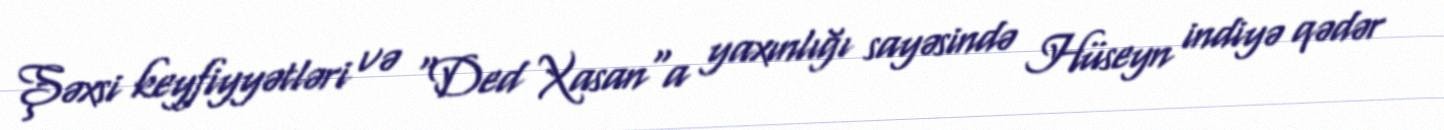
Şəxsi keyfiyyətləri və "Ded Xasan"a yaxınlığı sayəsində Hüseyn indiyə qədər